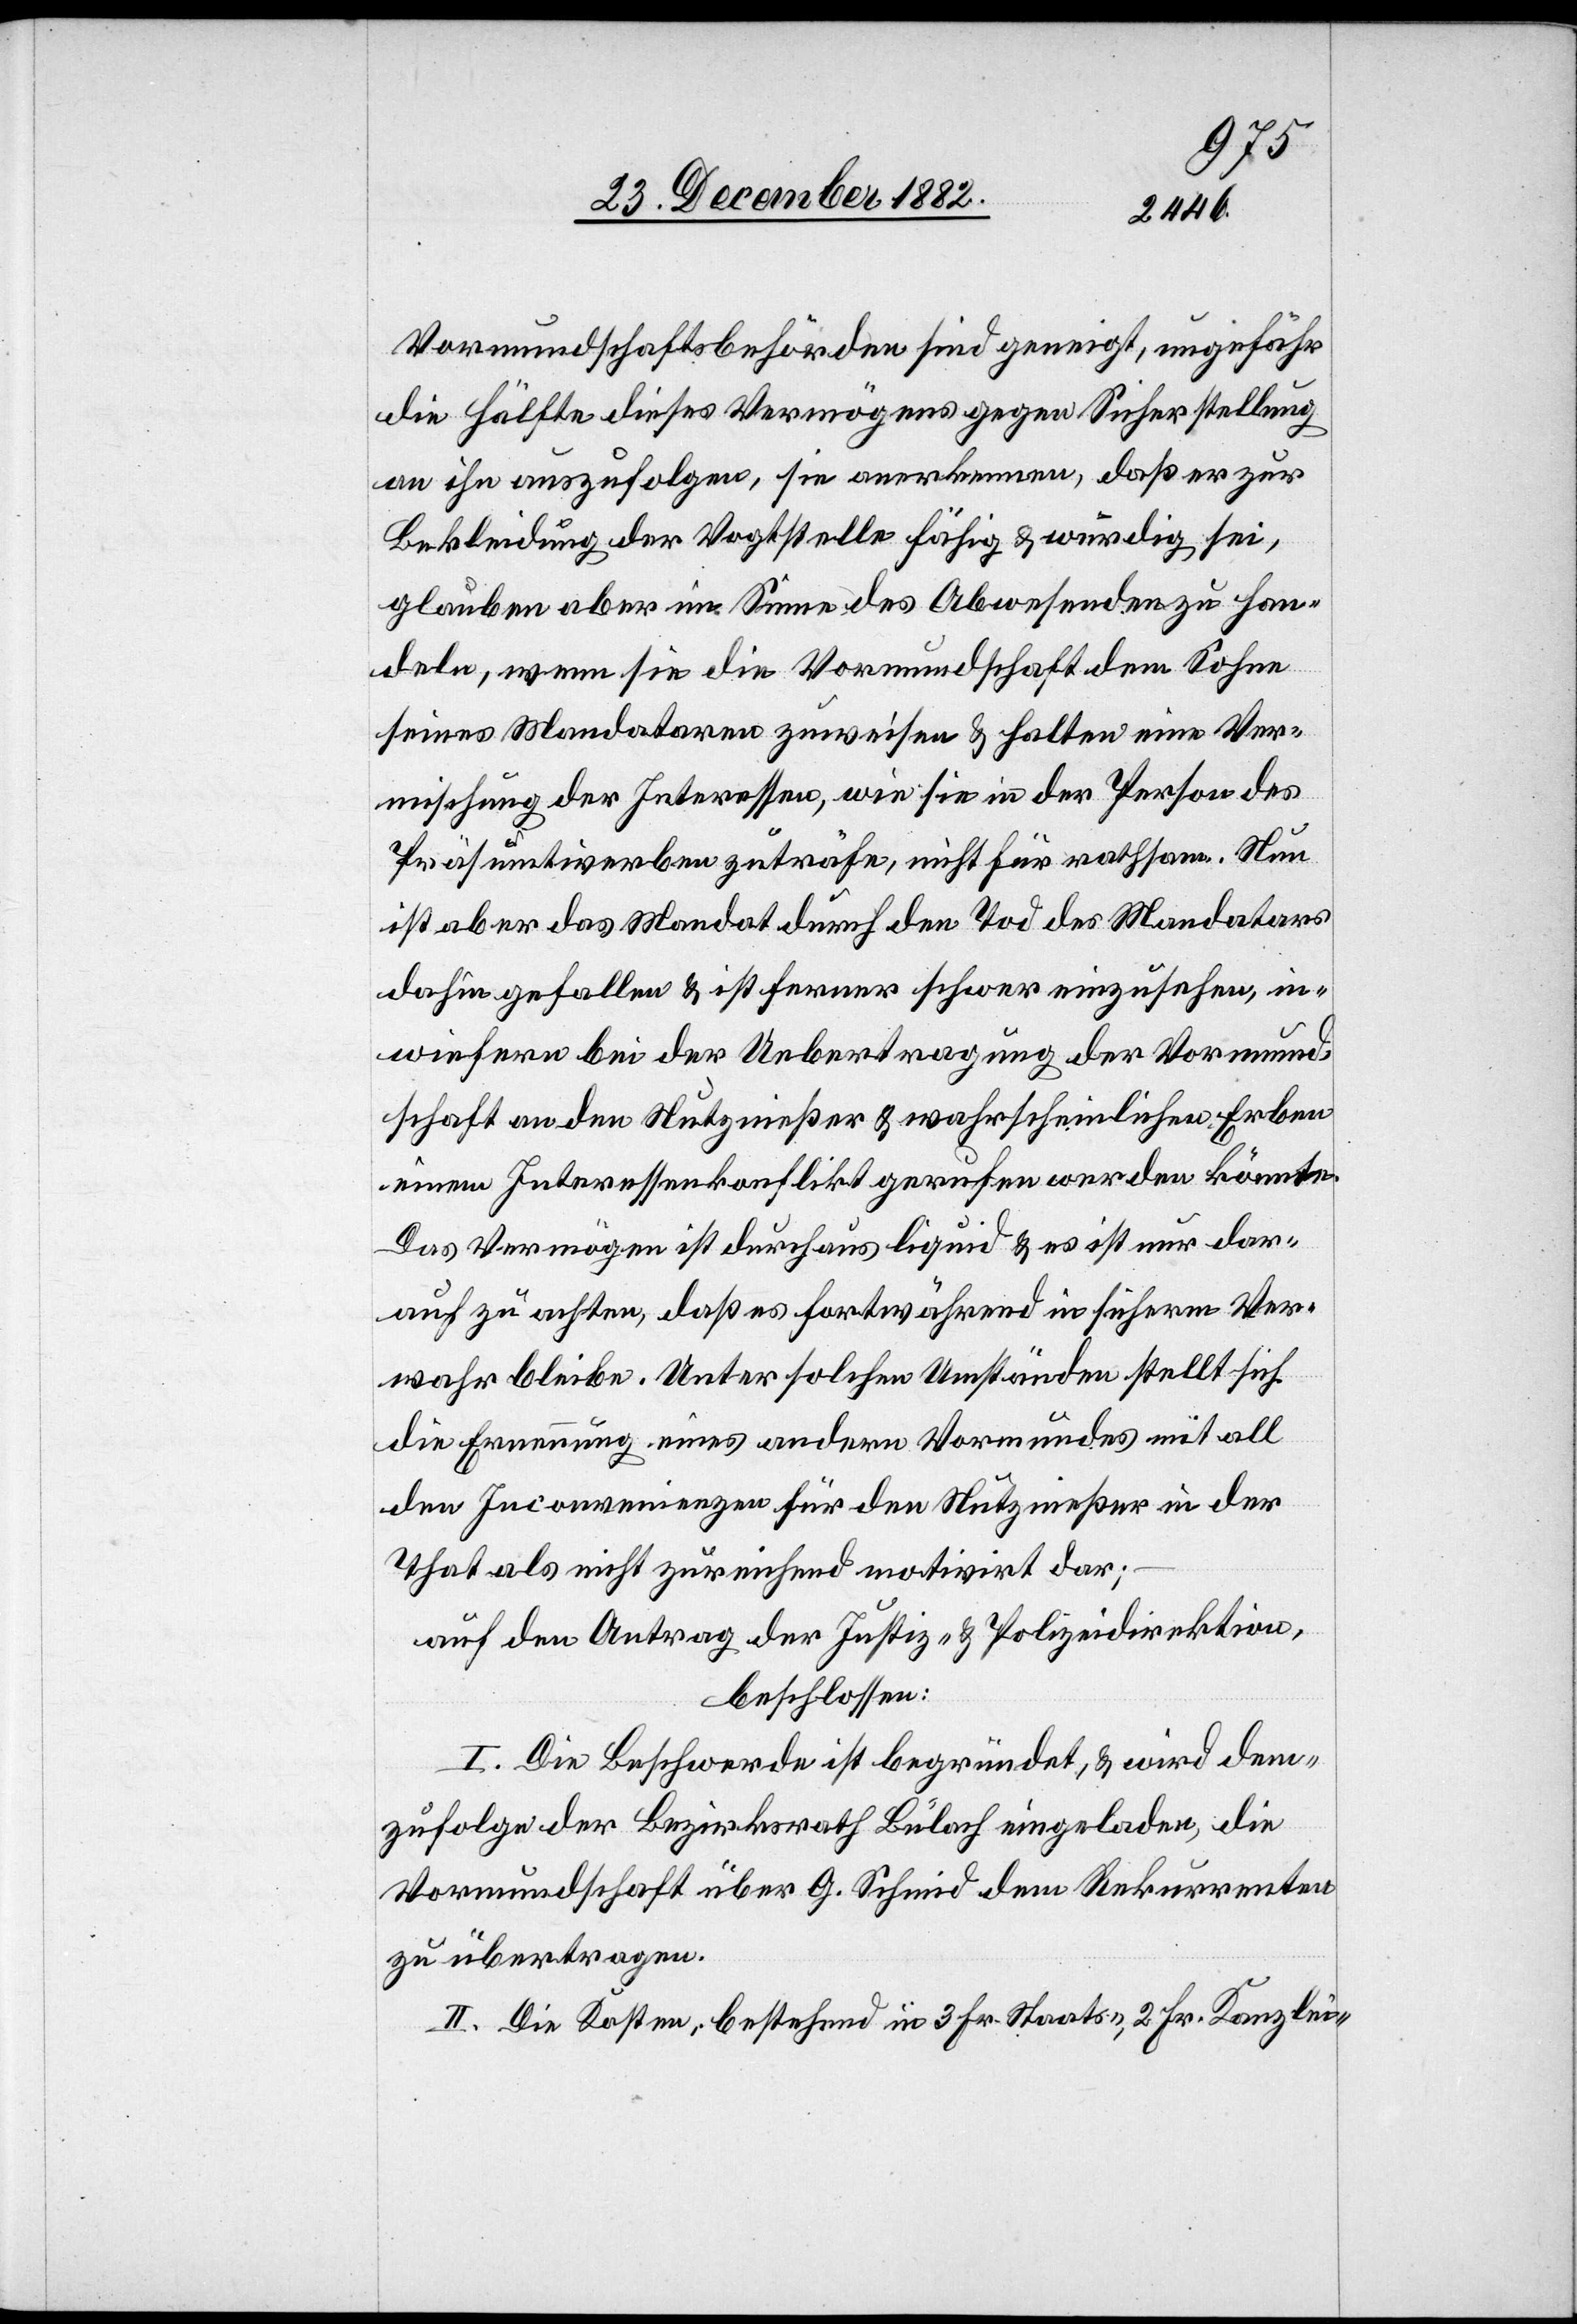
Vormundschaftsbehörden sind geneigt, ungefähr
die Hälfte dieses Vermögens gegen Sicherstellung
an ihn auszufolgen, sie anerkennen, daß er zur
Bekleidung der Vogtstelle fähig & würdig sei,
glauben aber im Sinne des Abwesenden zu han¬
deln, wenn sie die Vormundschaft dem Sohne
seines Mandataren zuweisen & halten eine Ver¬
mischung der Interessen, wie sie in der Person des
Präsumtiverben zuträfe, nicht für rathsam. Nun
ist aber das Mandat durch den Tod des Mandates
dahin gefallen & ist ferner schwer einzusehen, in¬
wiefern bei der Uebertragung der Vormund¬
schaft an den Nutzgenießer & wahrscheinlichen Erben
einem Interessenkonflikt gerufen werden könne.
Das Vermögen ist durchaus liquid & es ist nur dar¬
auf zu achten, daß es fortwährend in sicherm Ver¬
wahr bleibe. Unter solchen Umständen stellt sich
die Ernennung eines andern Vormundes mit alle
den Inconvenienzen für den Nutznießer in der
That als nicht zureichend motivirt dar;
auf den Antrag der Justiz- & Polizeidirektion,
beschlossen:
I. Die Beschwerde ist begründet, & wird dem¬
zufolge der Bezirksrath Bülach eingeladen, die
Vormundschaft über G. Schmid dem Rekurrenten
zu übertragen.
II. Die Kosten, bestehend in 3 Fr. Staats-, 3 Fr. Kanzlei-